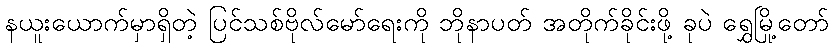
နယူးယောက်မှာရှိတဲ့ ပြင်သစ်ဗိုလ်မော်ရေးကို ဘိုနာပတ် အတိုက်ခိုင်းဖို့ ခုပဲ ရွှေမြို့တော်